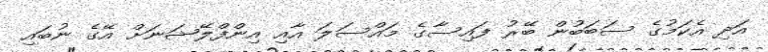
އަދި އެކަމުގެ ސަބަބުން ބޭރު ފައިސާގެ މައްސަލަ އާއި އިންފްލޭޝަނަށް އޭގެ ނުބައި